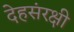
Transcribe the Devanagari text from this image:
देहसंरक्षी